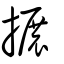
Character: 搌